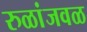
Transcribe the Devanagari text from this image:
रुळांजवळ